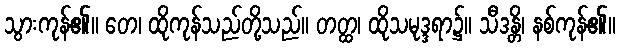
သွားကုန်၏။ တေ၊ ထိုကုန်သည်တို့သည်။ တတ္ထ၊ ထိုသမုဒ္ဒရာ၌။ သီဒန္တိ၊ နစ်ကုန်၏။